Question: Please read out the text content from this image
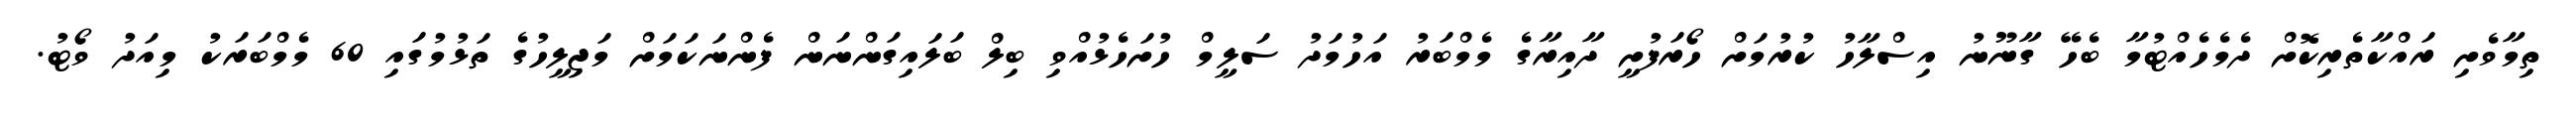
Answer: ތިމާވެށި ރައްކާތެރިކޮށް ދެމެހެއްޓުމާ ބެހޭ ގާނޫނު އިސްލާހު ކުރުމަށް ހޯރަފުށީ ދާއިރާގެ މެމްބަރު އަހުމަދު ސަލީމް ހުށަހެޅުއްވި ބިލް ބަލައިގަންނަން ފެންނަކަމަށް މަޖިލީހުގެ ތަޅުމުގައި 60 މެމްބަރަކު މިއަދު ވޯޓު.